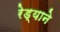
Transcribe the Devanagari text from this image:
रेड्याने